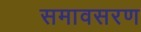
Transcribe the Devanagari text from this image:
समावसरण